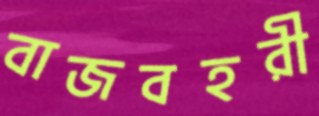
বাজবহরী